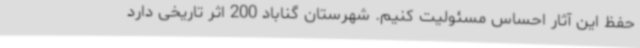
حفظ این آثار احساس مسئولیت کنیم. شهرستان گناباد 200 اثر تاریخی دارد